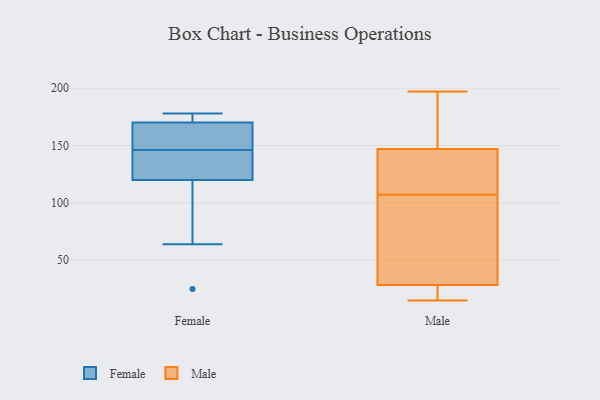
{"axis": {"x": "Bounce Rate (%)", "y": "Value"}, "legend": ["Female", "Male"], "data": [{"x": "", "y": 125, "type": "Female"}, {"x": "", "y": 159, "type": "Female"}, {"x": "", "y": 170, "type": "Female"}, {"x": "", "y": 178, "type": "Female"}, {"x": "", "y": 166, "type": "Female"}, {"x": "", "y": 153, "type": "Female"}, {"x": "", "y": 172, "type": "Female"}, {"x": "", "y": 120, "type": "Female"}, {"x": "", "y": 25, "type": "Female"}, {"x": "", "y": 108, "type": "Female"}, {"x": "", "y": 128, "type": "Female"}, {"x": "", "y": 139, "type": "Female"}, {"x": "", "y": 174, "type": "Female"}, {"x": "", "y": 64, "type": "Female"}, {"x": "", "y": 30, "type": "Male"}, {"x": "", "y": 81, "type": "Male"}, {"x": "", "y": 147, "type": "Male"}, {"x": "", "y": 147, "type": "Male"}, {"x": "", "y": 66, "type": "Male"}, {"x": "", "y": 107, "type": "Male"}, {"x": "", "y": 28, "type": "Male"}, {"x": "", "y": 90, "type": "Male"}, {"x": "", "y": 23, "type": "Male"}, {"x": "", "y": 192, "type": "Male"}, {"x": "", "y": 111, "type": "Male"}, {"x": "", "y": 145, "type": "Male"}, {"x": "", "y": 194, "type": "Male"}, {"x": "", "y": 176, "type": "Male"}, {"x": "", "y": 197, "type": "Male"}, {"x": "", "y": 25, "type": "Male"}, {"x": "", "y": 20, "type": "Male"}, {"x": "", "y": 15, "type": "Male"}, {"x": "", "y": 115, "type": "Male"}]}